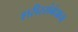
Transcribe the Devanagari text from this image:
शरीरसंबंधाचा